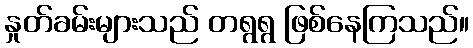
နှုတ်ခမ်းများသည် တရွရွ ဖြစ်နေကြသည်။